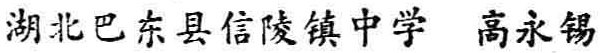
湖北巴东县信陵镇中学 高永锡